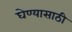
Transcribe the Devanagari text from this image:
घेण्‍यासाठी